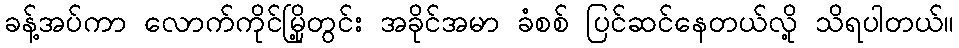
ခန့်အပ်ကာ လောက်ကိုင်မြို့တွင်း အခိုင်အမာ ခံစစ် ပြင်ဆင်နေတယ်လို့ သိရပါတယ်။